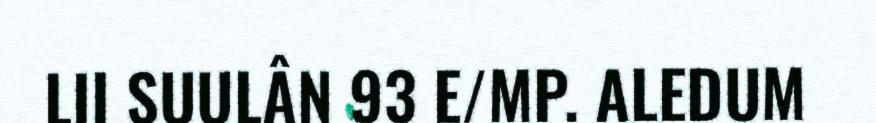
LII SUULÂN 93 E/MP. ALEDUM